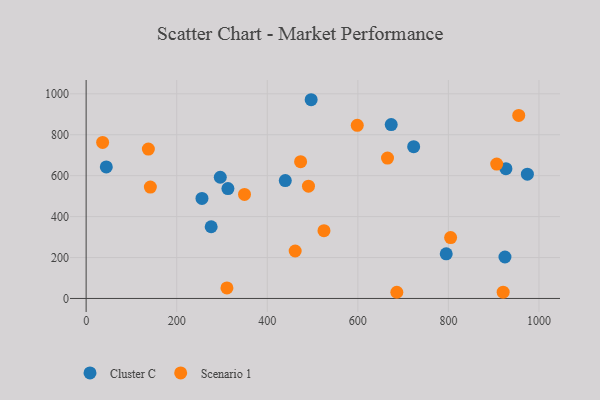
{"axis": {"x": "Study Hours", "y": "Profit"}, "legend": ["Cluster C", "Scenario 1"], "data": [{"x": "795.2", "y": 218.2, "type": "Cluster C"}, {"x": "255.8", "y": 488.9, "type": "Cluster C"}, {"x": "439.8", "y": 575.9, "type": "Cluster C"}, {"x": "313.1", "y": 537.0, "type": "Cluster C"}, {"x": "496.9", "y": 971.1, "type": "Cluster C"}, {"x": "673.7", "y": 849.9, "type": "Cluster C"}, {"x": "44.5", "y": 642.8, "type": "Cluster C"}, {"x": "296.2", "y": 592.2, "type": "Cluster C"}, {"x": "723.3", "y": 741.7, "type": "Cluster C"}, {"x": "974.4", "y": 607.4, "type": "Cluster C"}, {"x": "924.9", "y": 202.6, "type": "Cluster C"}, {"x": "927.0", "y": 634.0, "type": "Cluster C"}, {"x": "276.1", "y": 350.3, "type": "Cluster C"}, {"x": "349.7", "y": 508.3, "type": "Scenario 1"}, {"x": "598.7", "y": 846.1, "type": "Scenario 1"}, {"x": "137.4", "y": 729.8, "type": "Scenario 1"}, {"x": "461.6", "y": 231.8, "type": "Scenario 1"}, {"x": "525.2", "y": 331.3, "type": "Scenario 1"}, {"x": "804.9", "y": 297.5, "type": "Scenario 1"}, {"x": "686.1", "y": 30.2, "type": "Scenario 1"}, {"x": "491.0", "y": 548.9, "type": "Scenario 1"}, {"x": "141.8", "y": 544.2, "type": "Scenario 1"}, {"x": "906.7", "y": 656.6, "type": "Scenario 1"}, {"x": "473.6", "y": 668.3, "type": "Scenario 1"}, {"x": "955.3", "y": 894.5, "type": "Scenario 1"}, {"x": "665.5", "y": 686.0, "type": "Scenario 1"}, {"x": "36.4", "y": 762.3, "type": "Scenario 1"}, {"x": "920.9", "y": 30.9, "type": "Scenario 1"}, {"x": "310.9", "y": 51.7, "type": "Scenario 1"}]}